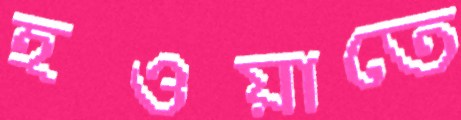
হওয়াতে